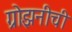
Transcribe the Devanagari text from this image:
ग्रोझनीची